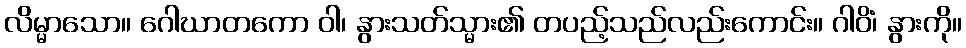
လိမ္မာသော။ ဂေါဃာတကော ဝါ၊ နွားသတ်သ္မား၏ တပည့်သည်လည်းကောင်း။ ဂါဝိံ၊ နွားကို။